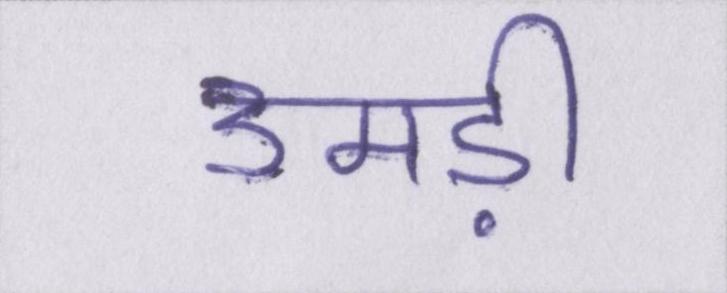
उमड़ी